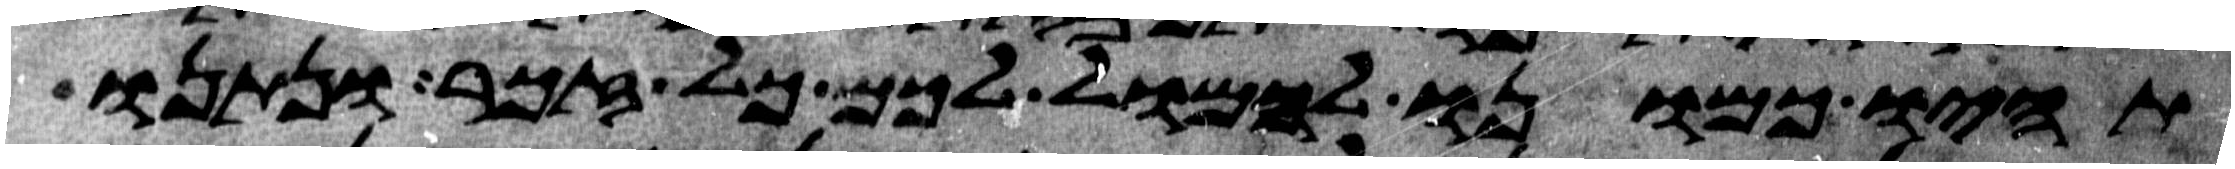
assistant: תהיו כמונו להמול לכם כל זכר ונתנו